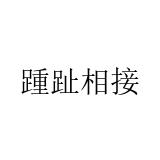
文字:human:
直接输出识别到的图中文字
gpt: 踵趾相接